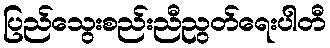
ပြည်သွေးစည်းညီညွတ်ရေးပါတီ